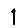
Digit: 1